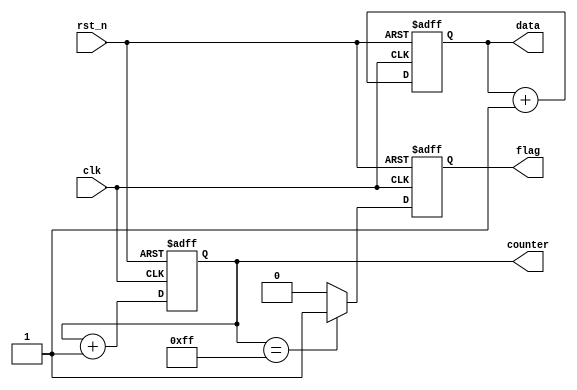
module default_state_initialization (
    input wire clk,          // Clock signal
    input wire rst_n,       // Active-low reset signal
    output reg [7:0] counter, // 8-bit counter
    output reg flag,        // Flag signal
    output reg [15:0] data  // 16-bit data output
);

// Default state initialization
always @(posedge clk or negedge rst_n) begin
    if (!rst_n) begin
        // Reset condition: Initialize state variables to default values
        counter <= 8'b0;      // Reset counter to zero
        flag <= 1'b0;         // Set flag to inactive state (low)
        data <= 16'h0000;     // Assign default value to data output
    end else begin
        // Normal operation (add your functional logic here)
        // For demonstration, we can increment the counter
        counter <= counter + 1;
        // Example logic for flag
        if (counter == 8'd255) begin
            flag <= 1'b1;  // Set flag high when counter reaches 255
        end else begin
            flag <= 1'b0;  // Reset flag otherwise
        end
        // Example data operation
        data <= data + 1;   // Increment data
    end
end

endmodule